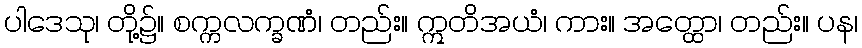
ပါဒေသု၊ တို့၌။ စက္ကလက္ခဏံ၊ တည်း။ ဣတိအယံ၊ ကား။ အတ္ထော၊ တည်း။ ပန၊